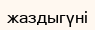
жаздыгүні